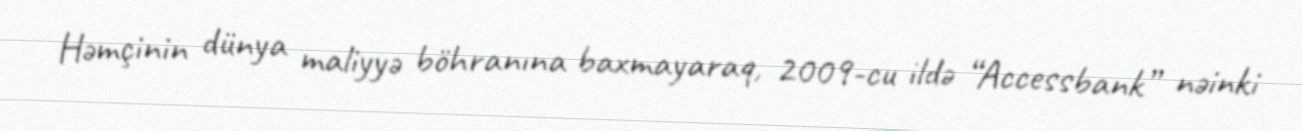
Həmçinin dünya maliyyə böhranına baxmayaraq, 2009-cu ildə “Accessbank” nəinki